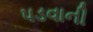
પડવાની